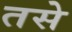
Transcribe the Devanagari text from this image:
तसेे